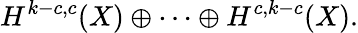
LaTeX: H^{k-c,c}(X)\oplus\cdots\oplus H^{c,k-c}(X).